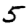
Digit: 5